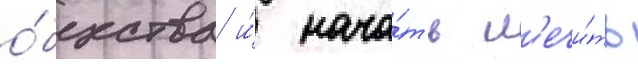
о́бщества и́ нача́ть л'ечи́ть